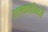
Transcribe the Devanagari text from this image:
अल्कलीमध्ये